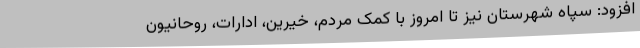
افزود: سپاه شهرستان نیز تا امروز با کمک مردم، خیرین، ادارات، روحانیون